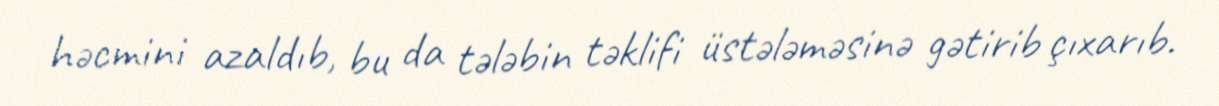
həcmini azaldıb, bu da tələbin təklifi üstələməsinə gətirib çıxarıb.